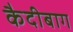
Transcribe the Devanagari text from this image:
कैदीबाग